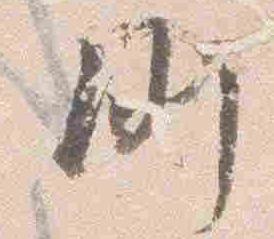
例